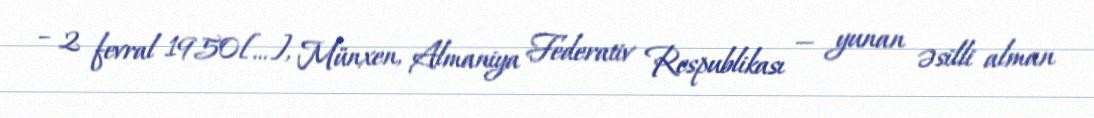
– 2 fevral 1950[…], Münxen, Almaniya Federativ Respublikası — yunan əsilli alman